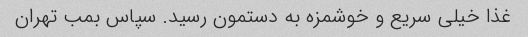
غذا خیلی سریع و خوشمزه به دستمون رسید. سپاس بمب تهران